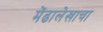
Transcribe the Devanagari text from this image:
मेंढालेखाचा